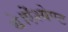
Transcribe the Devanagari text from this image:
थे।ऐंश्येण्ट